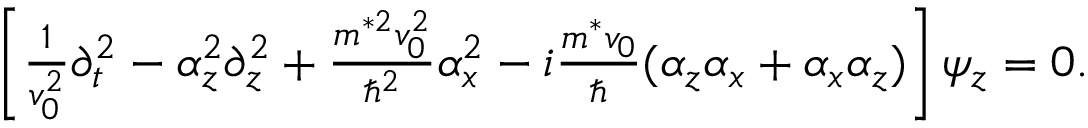
\begin{array} { r l } & { \left[ \frac { 1 } { v _ { 0 } ^ { 2 } } \partial _ { t } ^ { 2 } - \alpha _ { z } ^ { 2 } \partial _ { z } ^ { 2 } + \frac { m ^ { * 2 } v _ { 0 } ^ { 2 } } { \hbar ^ { 2 } } \alpha _ { x } ^ { 2 } - i \frac { m ^ { * } v _ { 0 } } { \hbar } ( \alpha _ { z } \alpha _ { x } + \alpha _ { x } \alpha _ { z } ) \right] \psi _ { z } = 0 . } \end{array}